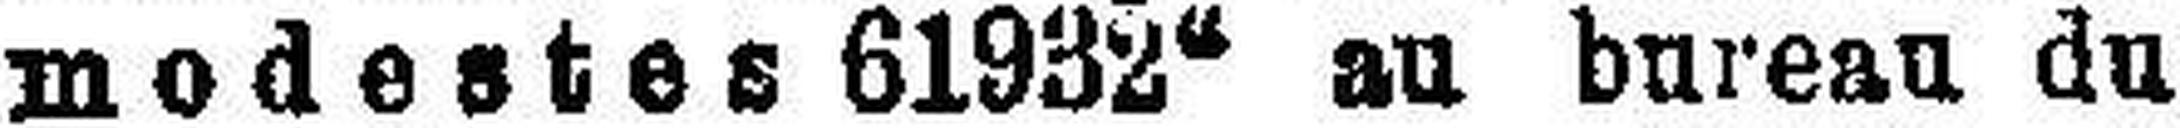
modestes 61932“ au bureau du